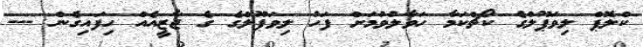
ކްލޮޕް ލިވަޕޫލްގެ ކޯޗްކަމާ ހަވާލުވުމަށް ފަހު ލިވަޕޫލްގެ ގެ ޖާޒީއެއް ހިފައިގެން ---